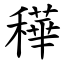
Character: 䅿